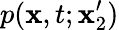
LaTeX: p(\mathbf{x},t;\mathbf{x}_{2}^{\prime})